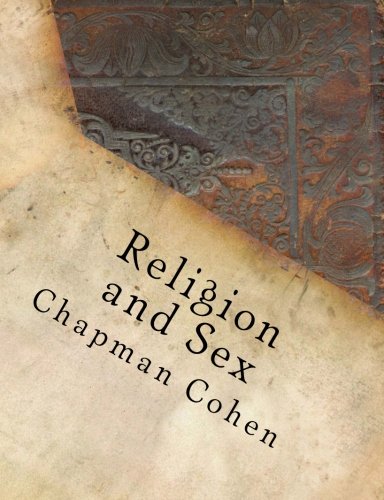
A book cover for Religion and Sex (The Ecumenical Theological Seminary Library); Chapman Cohen; Christian Books & Bibles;